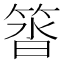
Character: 䈋